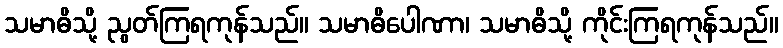
သမာဓိသို့ ညွတ်ကြရကုန်သည်။ သမာဓိပေါဏာ၊ သမာဓိသို့ ကိုင်းကြရကုန်သည်။